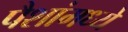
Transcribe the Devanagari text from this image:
पैशांमध्ये